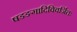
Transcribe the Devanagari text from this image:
षडङगादिविवर्जितः